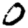
Digit: 0